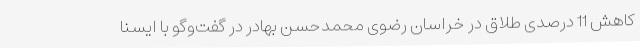
کاهش 11 درصدی طلاق در خراسان رضوی محمدحسن بهادر در گفت‌وگو با ایسنا